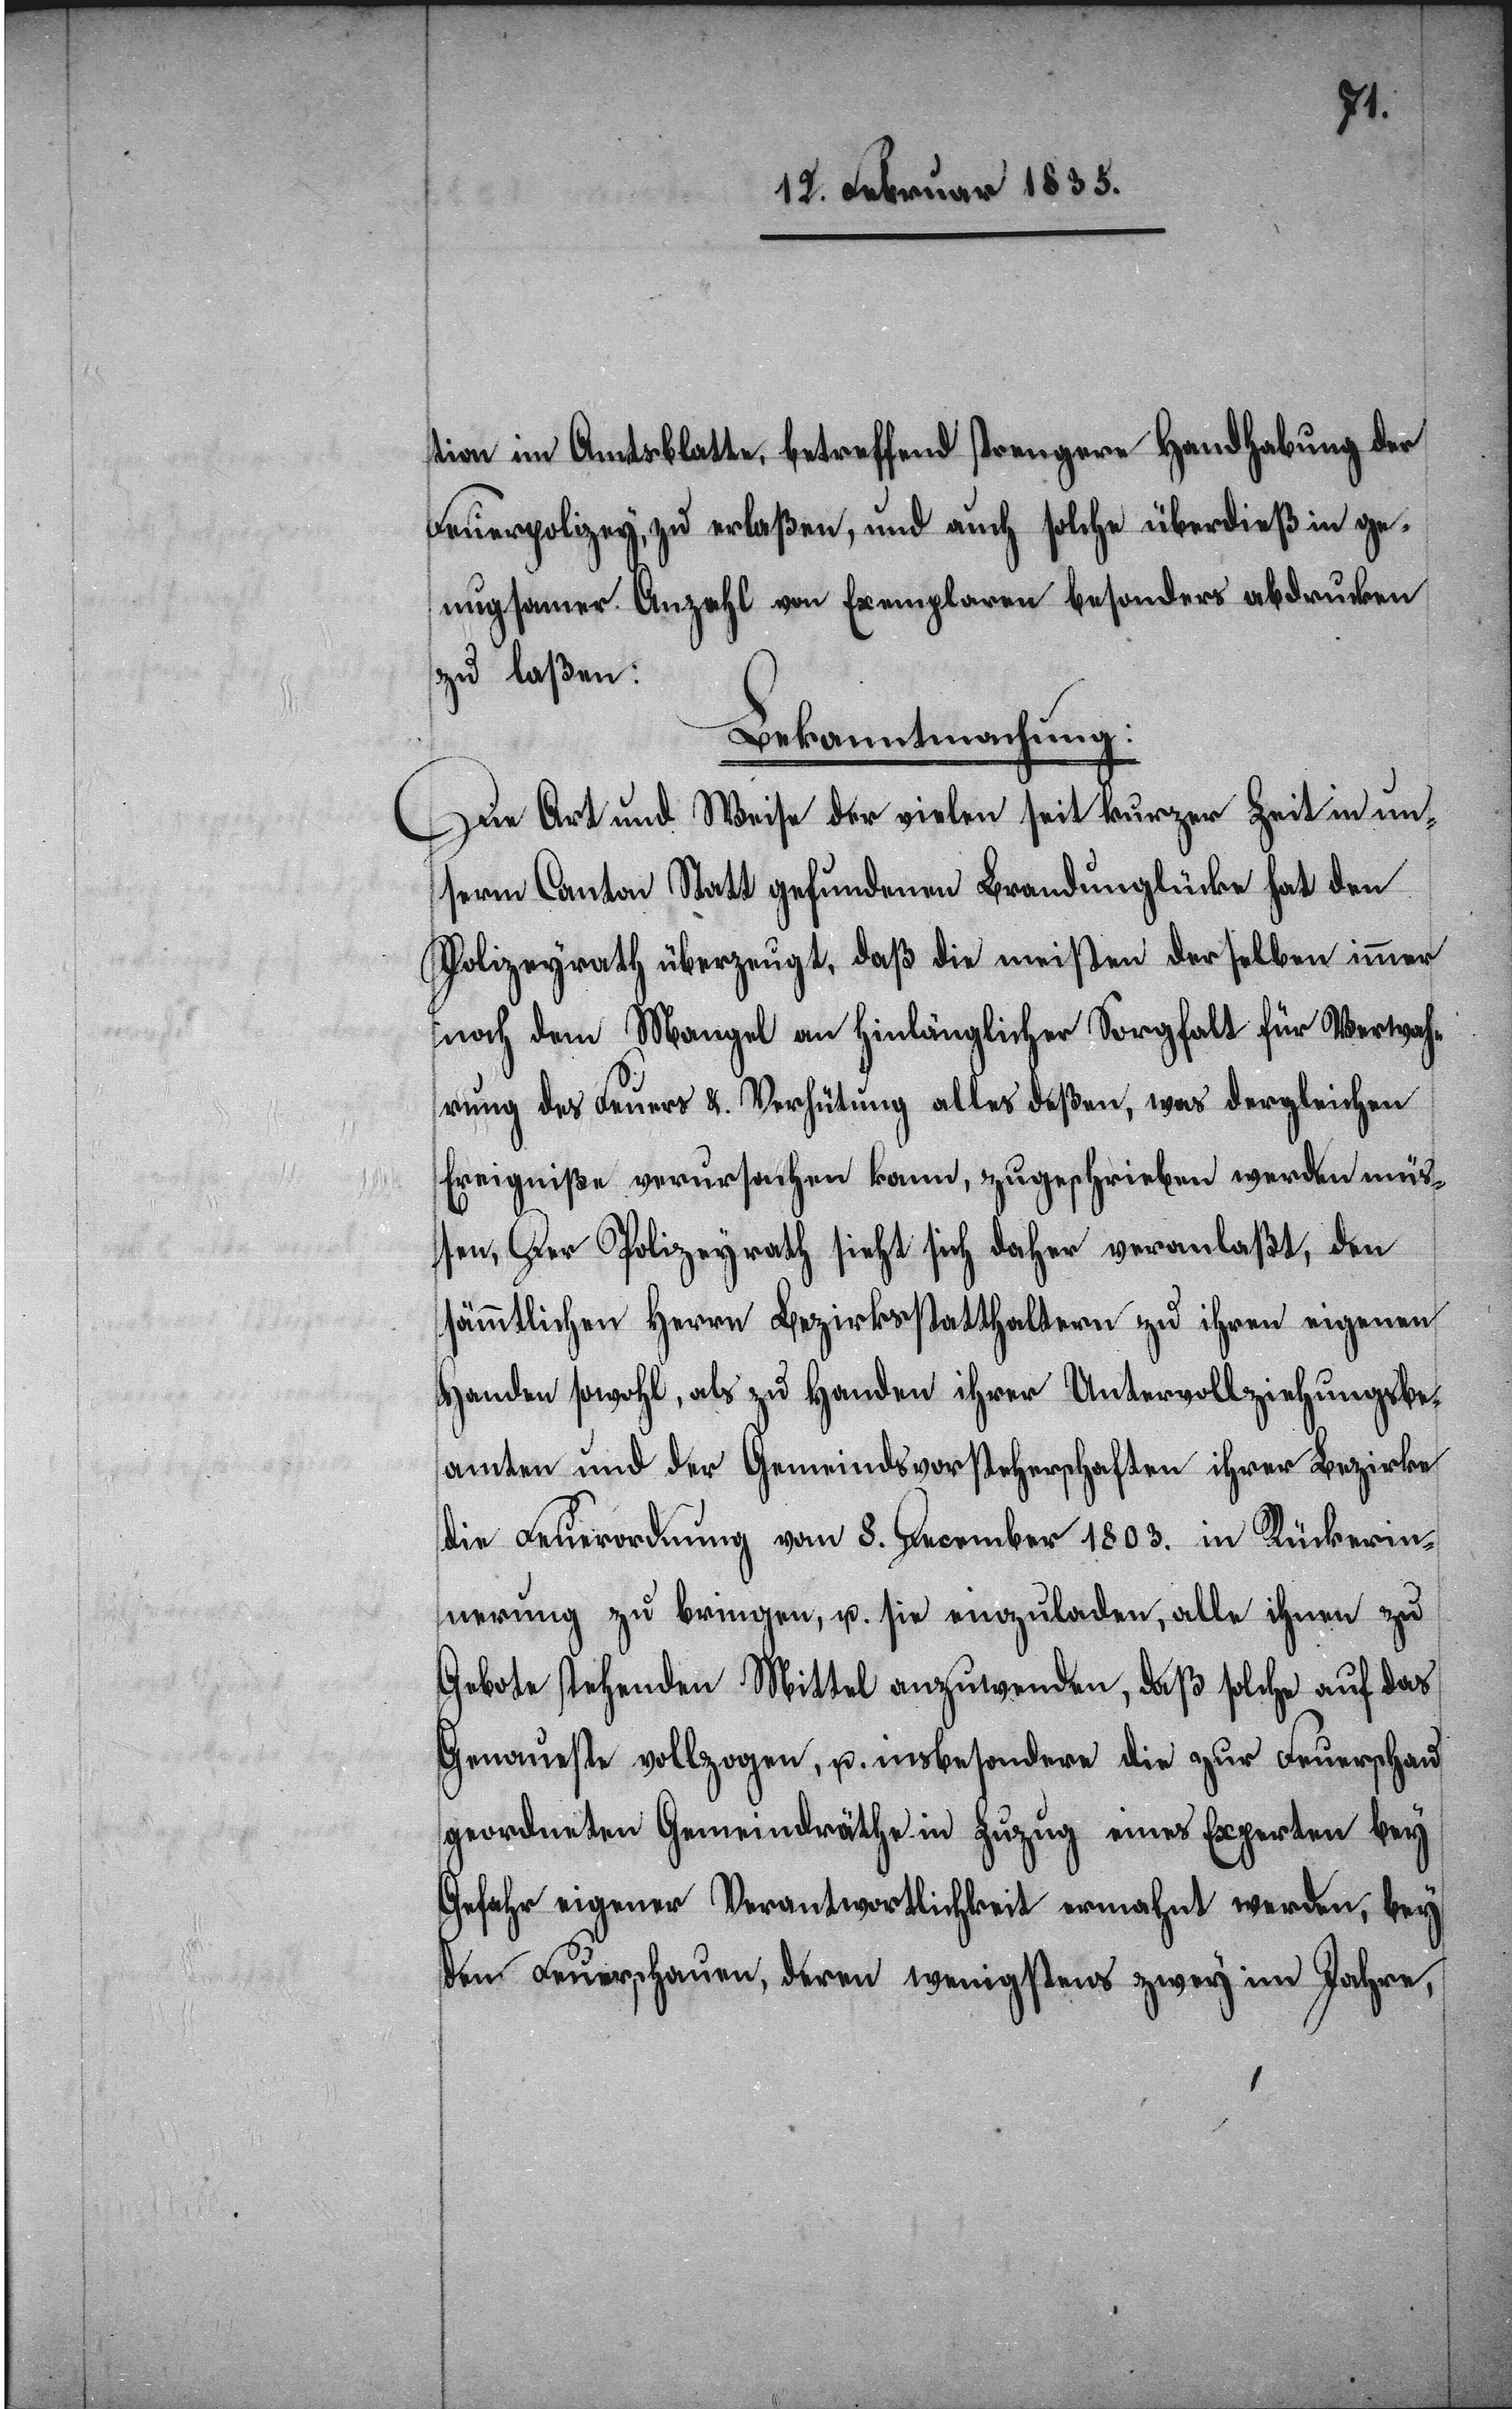
tion im Amtsblatte, betreffend strengern Handhabung der
Feuerpolizey, zu erlaßen, und auch solche überdieß in ge¬
nugsamer Anzahl von Exemplaren besonders abdrucken
zu laßen:
Bekanntmachung:
Die Art und Weise der vielen seit kurzer Zeit in un¬
serm Canton Statt gefundenen Brandunglücke hat den
Polizeyrath überzeugt, daß die meisten derselben immer
nach dem Mangel an hinlänglicher Sorgfalt für Verwah¬
rung des Feuers u. Verhütung alles deßen, was dergleichen
Ereigniße verursachen kann, zugeschrieben werden müs¬
sen, Der Polizeyrath sieht sich daher veranlaßt, den
sämmtlichen Herrn Bezirksstatthaltern zu ihren eigenen
Handen sowohl, als zu Handen ihrer Untervollziehungsbe¬
amten und der Gemeindsvorsteherschaften ihrer Bezirke
die Feuerordnung vom 8. December 1803. in Rückerin¬
nerung zu bringen, u. sie einzuladen, alle ihnen zu
Gebote stehenden Mittel anzuwenden, daß solche auf das
Genaueste vollzogen, u. insbesondere die zur Feuerschau
geordneten Gemeindräthe in Zuzug eines Experten bey
Gefahr eigener Verantwortlichkeit ermahnt werden, bey
den Feuerschauen, deren wenigstens zwey im Jahre,